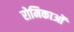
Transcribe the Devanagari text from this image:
रोमिकाओं